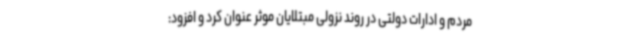
مردم و ادارات دولتی در روند نزولی مبتلایان موثر عنوان کرد و افزود: